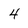
Character: 4